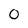
Character: 0